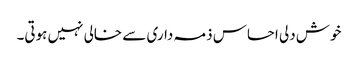
خوش دلی احساس ذمہ داری سے خالی نہیں ہوتی۔